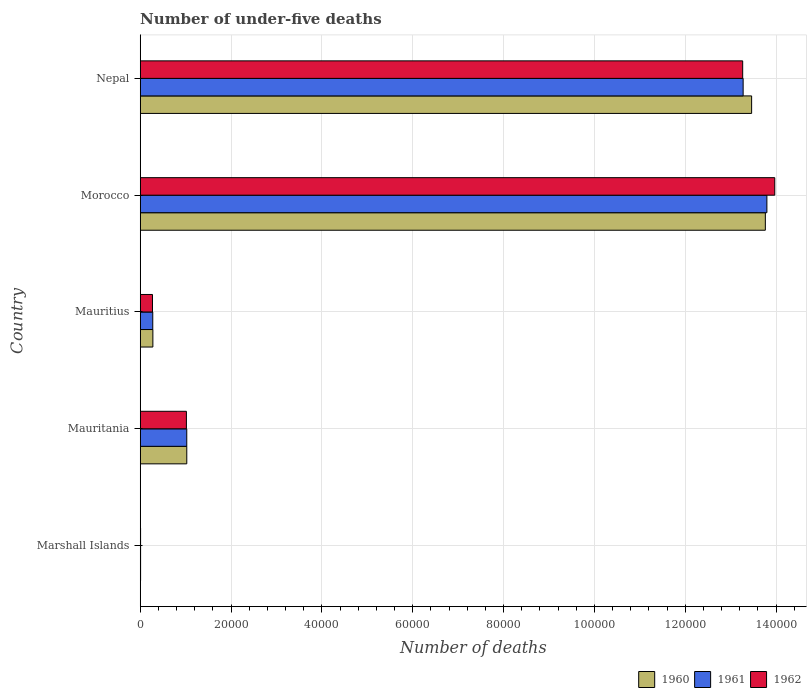
| Country | 1960 | 1961 | 1962 |
 | --- | --- | --- | --- |
 | Marshall Islands | 81 | 79 | 78 |
 | Mauritania | 1.02e+04 | 1.02e+04 | 1.02e+04 |
 | Mauritius | 2.78e+03 | 2.76e+03 | 2.7e+03 |
 | Morocco | 1.38e+05 | 1.38e+05 | 1.4e+05 |
 | Nepal | 1.35e+05 | 1.33e+05 | 1.33e+05 |